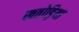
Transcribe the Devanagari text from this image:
खतोड़िया